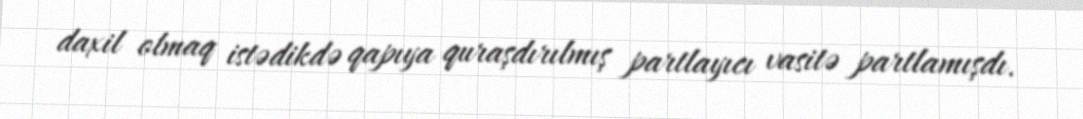
daxil olmaq istədikdə qapıya quraşdırılmış partlayıcı vasitə partlamışdı.